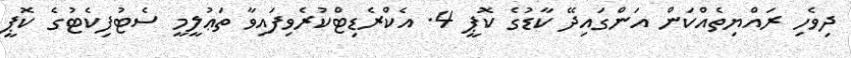
ދިވެހި ރައްޔިތެއްކަން އަންގައިދޭ ކާޑުގެ ކޮޕީ 4. އެކްރެޑިޓްކުރެވިފައިވާ ތަޢުލީމީ ސެޓުފިކެޓުގެ ކޮޕީ